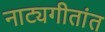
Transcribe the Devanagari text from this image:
नाट्यगीतांत